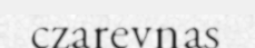
czarevnas